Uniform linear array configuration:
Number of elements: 64
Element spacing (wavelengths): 0.5
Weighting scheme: kaiser
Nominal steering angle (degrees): -60
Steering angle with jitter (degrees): -60.388
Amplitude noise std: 0.05
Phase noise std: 0.05

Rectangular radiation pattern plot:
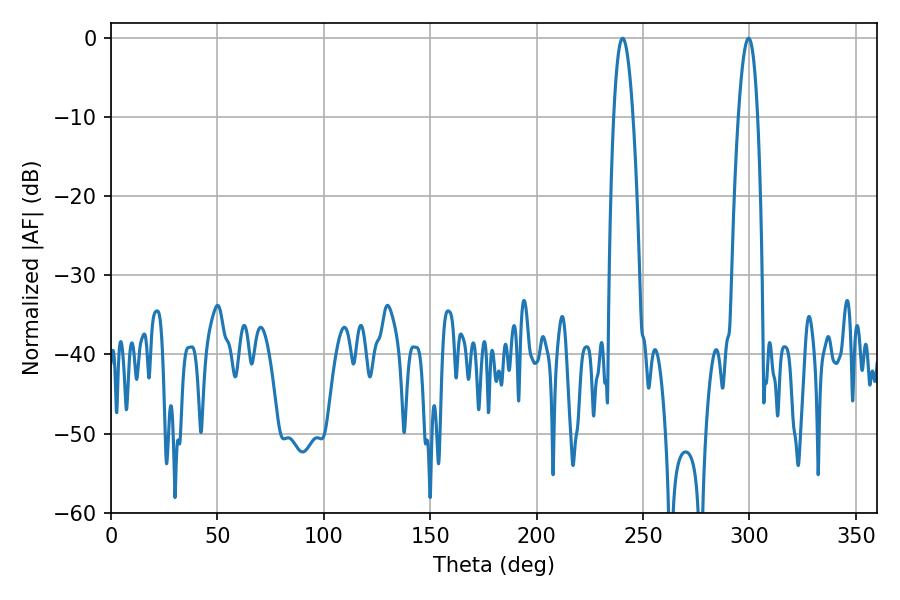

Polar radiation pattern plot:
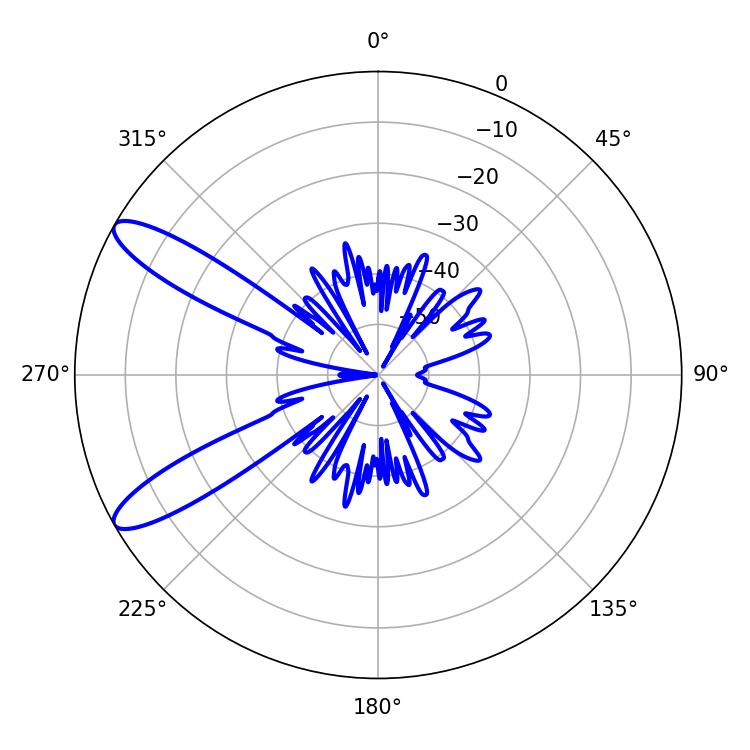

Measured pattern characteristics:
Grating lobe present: FALSE
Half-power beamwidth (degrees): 5.04
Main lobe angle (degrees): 240.48